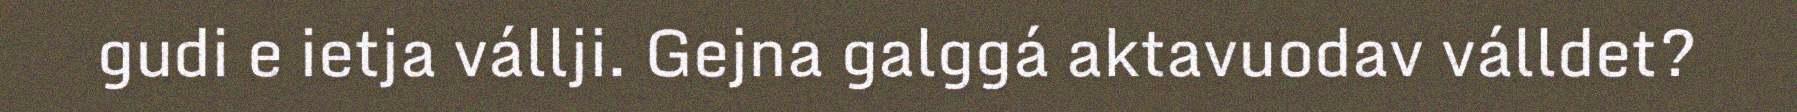
gudi e ietja vállji. Gejna galggá aktavuodav válldet?